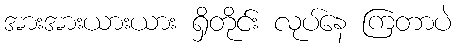
အားအားယားယား ရှိတိုင်း လုပ်နေ ကြတာပဲ